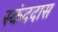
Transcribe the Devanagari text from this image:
स्कंददास